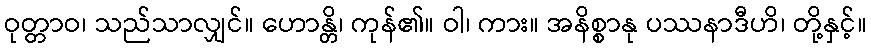
ဝုတ္တာဝ၊ သည်သာလျှင်။ ဟောန္တိ၊ ကုန်၏။ ဝါ၊ ကား။ အနိစ္စာနု ပဿနာဒီဟိ၊ တို့နှင့်။